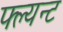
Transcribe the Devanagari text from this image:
फ्ल्यन्ट